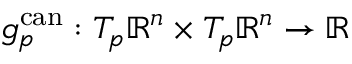
g _ { p } ^ { \mathrm { c a n } } : T _ { p } \mathbb { R } ^ { n } \times T _ { p } \mathbb { R } ^ { n } \to \mathbb { R }